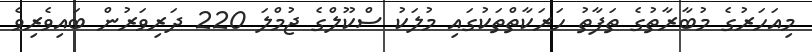
މިއަހަރުގެ މުބާރާތުގެ ތަފާތު ހަރަކާތްތަކުގައި މުލަކު ސްކޫލްގެ ޖުމްލަ 220 ދަރިވަރުން ބައިވެރިވެ